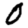
Digit: 0